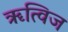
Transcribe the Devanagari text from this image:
ॠत्विज